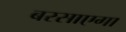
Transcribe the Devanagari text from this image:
बरसाएगा